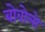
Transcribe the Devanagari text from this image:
बोवोलो